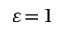
\varepsilon \! = \! 1